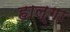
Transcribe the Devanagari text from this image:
हाल्गा